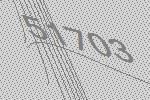
51703